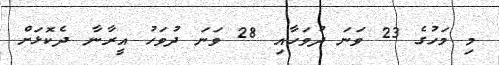
މި މަހުގެ 23 ވަނަ ދުވަހާއި 28 ވަނަ ދުވަހު އީރާނާ ދެކޮޅަށް